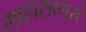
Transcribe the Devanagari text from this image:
माहासागरों